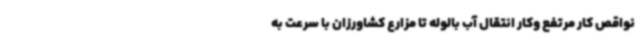
نواقص کار مرتفع وکار انتقال آب بالوله تا مزارع کشاورزان با سرعت به